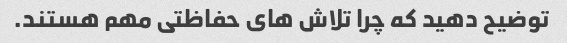
توضیح دهید که چرا تلاش های حفاظتی مهم هستند.